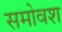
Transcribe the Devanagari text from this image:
समोवश